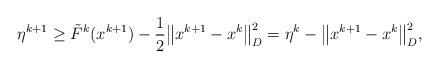
LaTeX: \begin{align*}\eta^{k+1} \ge \tilde{F}^{k}(x^{k+1}) - \frac{1}{2}\big\|x^{k+1}-x^k\big\|^2_D = \eta^k - \big\|x^{k+1}-x^k\big\|^2_D,\end{align*}